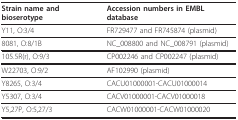
| Strain name and bioserotype | Accession numbers in EMBL database |
 | --- | --- |
 | Y11, O:3/4 | FR729477 and FR745874 (plasmid) |
 | 8081, O:8/1B | NC_008800 and NC_008791 (plasmid) |
 | 105.5R(r), O:9/3 | CP002246 and CP002247 (plasmid) |
 | W22703, O:9/2 | AF102990 (plasmid) |
 | Y8265, O:3/4 | CACU01000001-CACU01000014 |
 | Y5307, O:3/4 | CACV01000001-CACV01000018 |
 | Y5,27P, O:5,27/3 | CACW01000001-CACW01000020 |